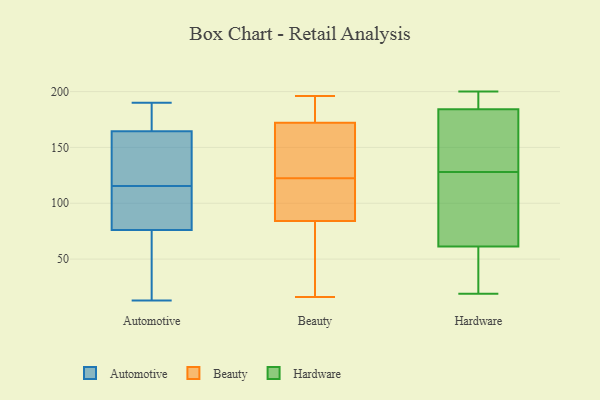
{"axis": {"x": "Shipments", "y": "Value"}, "legend": ["Automotive", "Beauty", "Hardware"], "data": [{"x": "", "y": 17, "type": "Automotive"}, {"x": "", "y": 83, "type": "Automotive"}, {"x": "", "y": 190, "type": "Automotive"}, {"x": "", "y": 174, "type": "Automotive"}, {"x": "", "y": 115, "type": "Automotive"}, {"x": "", "y": 145, "type": "Automotive"}, {"x": "", "y": 182, "type": "Automotive"}, {"x": "", "y": 72, "type": "Automotive"}, {"x": "", "y": 25, "type": "Automotive"}, {"x": "", "y": 80, "type": "Automotive"}, {"x": "", "y": 13, "type": "Automotive"}, {"x": "", "y": 178, "type": "Automotive"}, {"x": "", "y": 116, "type": "Automotive"}, {"x": "", "y": 120, "type": "Automotive"}, {"x": "", "y": 41, "type": "Automotive"}, {"x": "", "y": 86, "type": "Automotive"}, {"x": "", "y": 155, "type": "Automotive"}, {"x": "", "y": 109, "type": "Automotive"}, {"x": "", "y": 126, "type": "Automotive"}, {"x": "", "y": 178, "type": "Automotive"}, {"x": "", "y": 102, "type": "Beauty"}, {"x": "", "y": 91, "type": "Beauty"}, {"x": "", "y": 52, "type": "Beauty"}, {"x": "", "y": 65, "type": "Beauty"}, {"x": "", "y": 112, "type": "Beauty"}, {"x": "", "y": 185, "type": "Beauty"}, {"x": "", "y": 133, "type": "Beauty"}, {"x": "", "y": 182, "type": "Beauty"}, {"x": "", "y": 111, "type": "Beauty"}, {"x": "", "y": 172, "type": "Beauty"}, {"x": "", "y": 161, "type": "Beauty"}, {"x": "", "y": 84, "type": "Beauty"}, {"x": "", "y": 156, "type": "Beauty"}, {"x": "", "y": 152, "type": "Beauty"}, {"x": "", "y": 59, "type": "Beauty"}, {"x": "", "y": 195, "type": "Beauty"}, {"x": "", "y": 16, "type": "Beauty"}, {"x": "", "y": 196, "type": "Beauty"}, {"x": "", "y": 200, "type": "Hardware"}, {"x": "", "y": 19, "type": "Hardware"}, {"x": "", "y": 187, "type": "Hardware"}, {"x": "", "y": 172, "type": "Hardware"}, {"x": "", "y": 176, "type": "Hardware"}, {"x": "", "y": 68, "type": "Hardware"}, {"x": "", "y": 121, "type": "Hardware"}, {"x": "", "y": 59, "type": "Hardware"}, {"x": "", "y": 128, "type": "Hardware"}, {"x": "", "y": 196, "type": "Hardware"}, {"x": "", "y": 113, "type": "Hardware"}, {"x": "", "y": 58, "type": "Hardware"}, {"x": "", "y": 40, "type": "Hardware"}, {"x": "", "y": 199, "type": "Hardware"}, {"x": "", "y": 143, "type": "Hardware"}]}